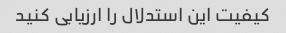
کیفیت این استدلال را ارزیابی کنید